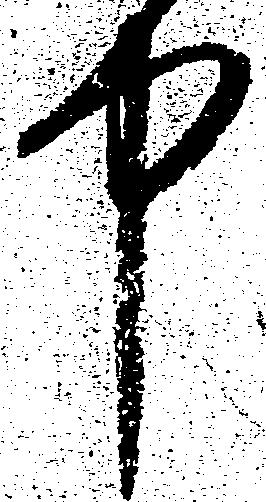
中